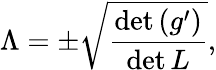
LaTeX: \Lambda=\pm\sqrt{\frac{\operatorname*{det}\left(g^{\prime}\right)}{\operatorname*{det}L}},